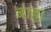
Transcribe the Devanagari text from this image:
बाह।